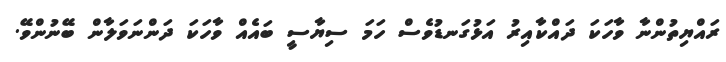
ރައްޔިތުންނާ ވާހަކަ ދައްކާއިރު އަޅުގަނޑުވެސް ހަމަ ސިޔާސީ ބައެއް ވާހަކަ ދަންނަވަލާން ބޭނުންވޭ.